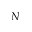
N